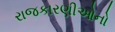
રાજકારણીઓનો